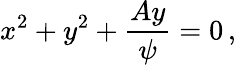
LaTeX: x^{2}+y^{2}+{\frac{Ay}{\psi}}=0\, ,